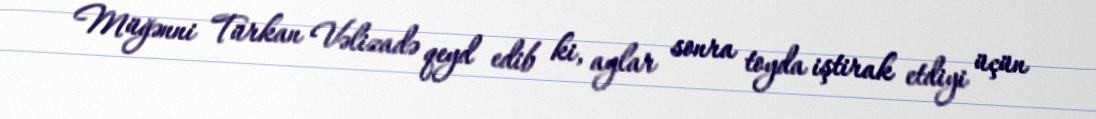
Müğənni Türkan Vəlizadə qeyd edib ki, aylar sonra toyda iştirak etdiyi üçün